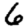
Digit: 6